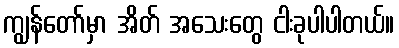
ကျွန်တော်မှာ အိတ် အသေးတွေ ငါးခုပါပါတယ်။